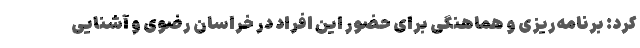
کرد: برنامه‌ریزی و هماهنگی برای حضور این افراد در خراسان رضوی و آشنایی